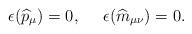
LaTeX: \begin{align*}\epsilon(\widehat{p}_{\mu}) = 0,\,\,\,\,\,\,\,\,\epsilon(\widehat{m}_{\mu\nu})=0.\end{align*}